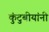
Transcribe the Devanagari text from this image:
कुंटुबीयांनी